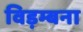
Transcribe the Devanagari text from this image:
विड़म्बना